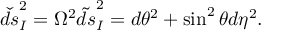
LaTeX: \check { d s } _ { \cal I } ^ { 2 } = \Omega ^ { 2 } \tilde { d s } _ { \cal I } ^ { 2 } = d \theta ^ { 2 } + \sin ^ { 2 } \theta d \eta ^ { 2 } .